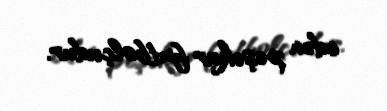
edən peşəkar futbolçudur.